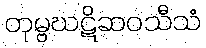
တုမ္ဗဃဋိဆဝသီသံ